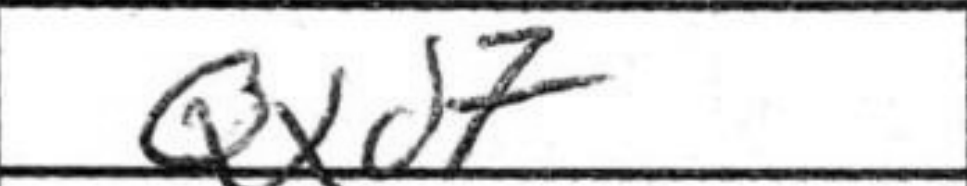
Transcription: Qxd7